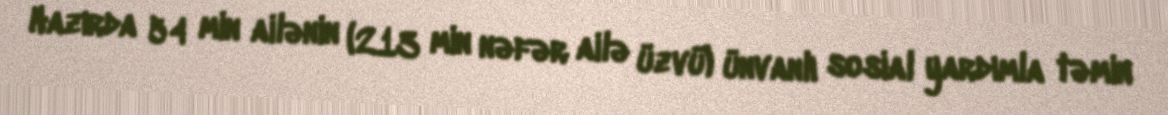
Hazırda 54 min ailənin (213 min nəfər ailə üzvü) ünvanlı sosial yardımla təmin